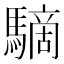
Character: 䮰